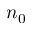
n _ { 0 }